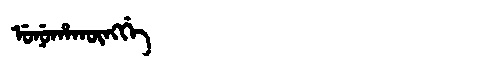
Manchu: ᡠᠨᡠᡥᠠᡴᡡᠩᡤᡝ
Romanization: UNUHAKŪNGGE